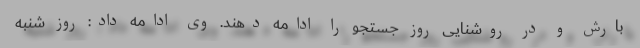
بارش و در روشنایی روز جستجو را ادامه دهند. وی ادامه داد: روز شنبه